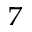
^ 7